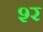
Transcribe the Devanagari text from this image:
श्‍र